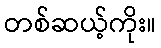
တစ်ဆယ့်ကိုး။